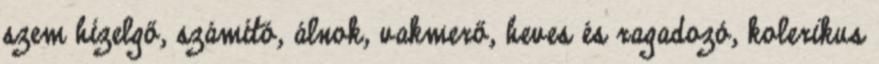
szem hízelgő, számító, álnok, vakmerő, heves és ragadozó, kolerikus